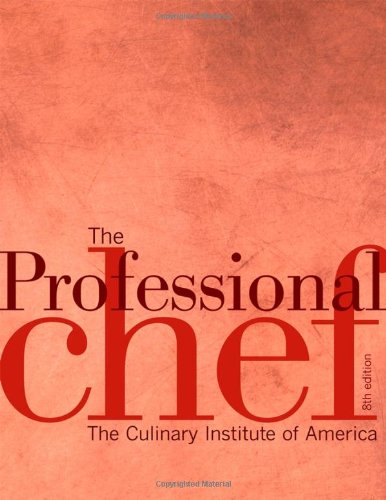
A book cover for The Professional Chef; The Culinary Institute of America; Cookbooks, Food & Wine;